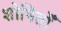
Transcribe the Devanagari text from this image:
शोषितोँ